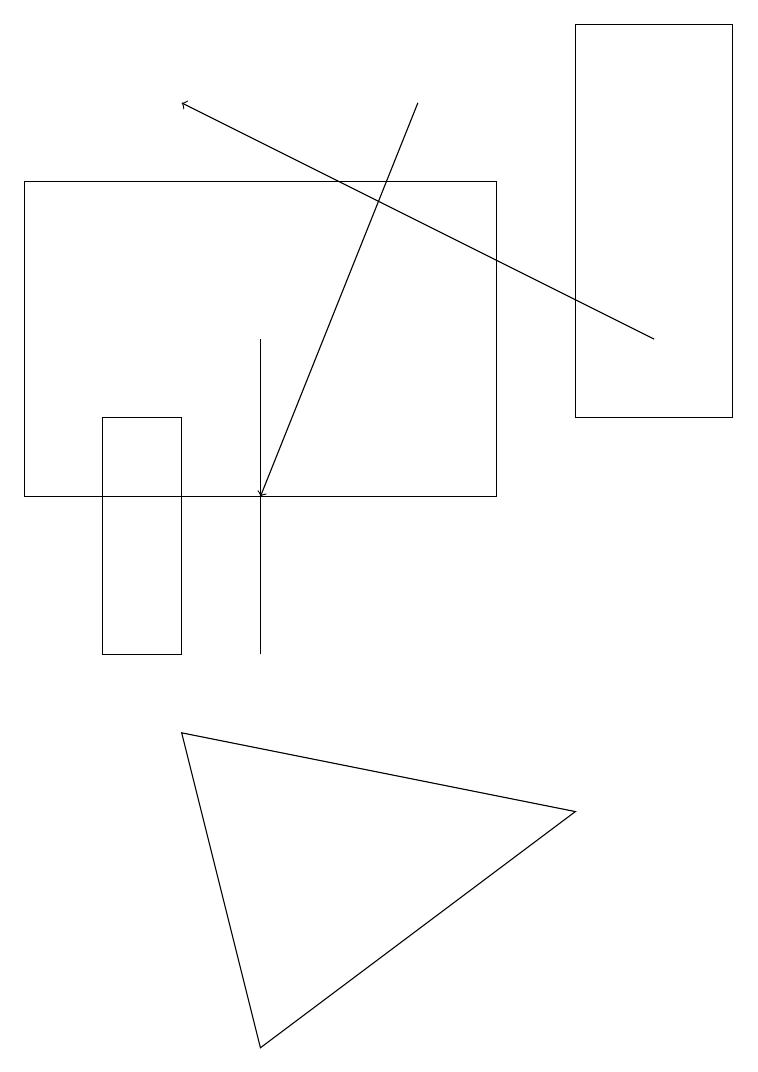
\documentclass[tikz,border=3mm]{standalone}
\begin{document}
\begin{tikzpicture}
\draw[->] (8,14) -- (2,17);
\draw (3,10) rectangle (3,14);
\draw (6,16) rectangle (0,12);
\draw (2,10) rectangle (1,13);
\draw[->] (5,17) -- (3,12);
\draw (7,8) -- (2,9) -- (3,5) -- cycle;
\draw (9,13) rectangle (7,18);
\draw (5,7) -- (5,7) -- (5,7) -- cycle;
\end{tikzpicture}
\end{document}